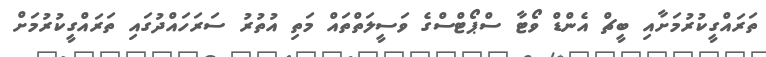
ތަރައްގީކުރުމަށާއި ބީޗް އެންޑް ވޯޓާ ސްޕޯޓްސްގެ ވަސީލަތްތައް މަތި އުތުރު ސަރަހައްދުގައި ތަރައްގީކުރުމަށް